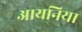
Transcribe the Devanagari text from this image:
आयनिया